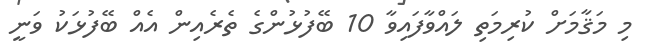
މި މަޤާމަށް ކުރިމަތި ލައްވާފައިވާ 10 ބޭފުޅުންގެ ތެރެއިން އެއް ބޭފުޅަކު ވަނީ